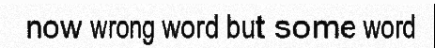
now wrong word but some word